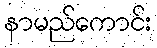
နာမည်ကောင်း